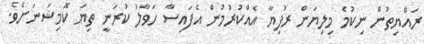
ރައްޔިތުން ނިކުމެ މިލިޔަން ރުފިޔާ އެއްކުރުމުން އެފައިސާ ހަވާލު ކުރަނީ ތިޔަ ކޮމިޝަނަށެވެ.